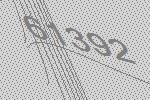
61392